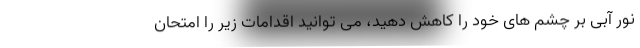
نور آبی بر چشم های خود را کاهش دهید، می توانید اقدامات زیر را امتحان